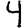
Digit: 4